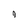
Character: 4